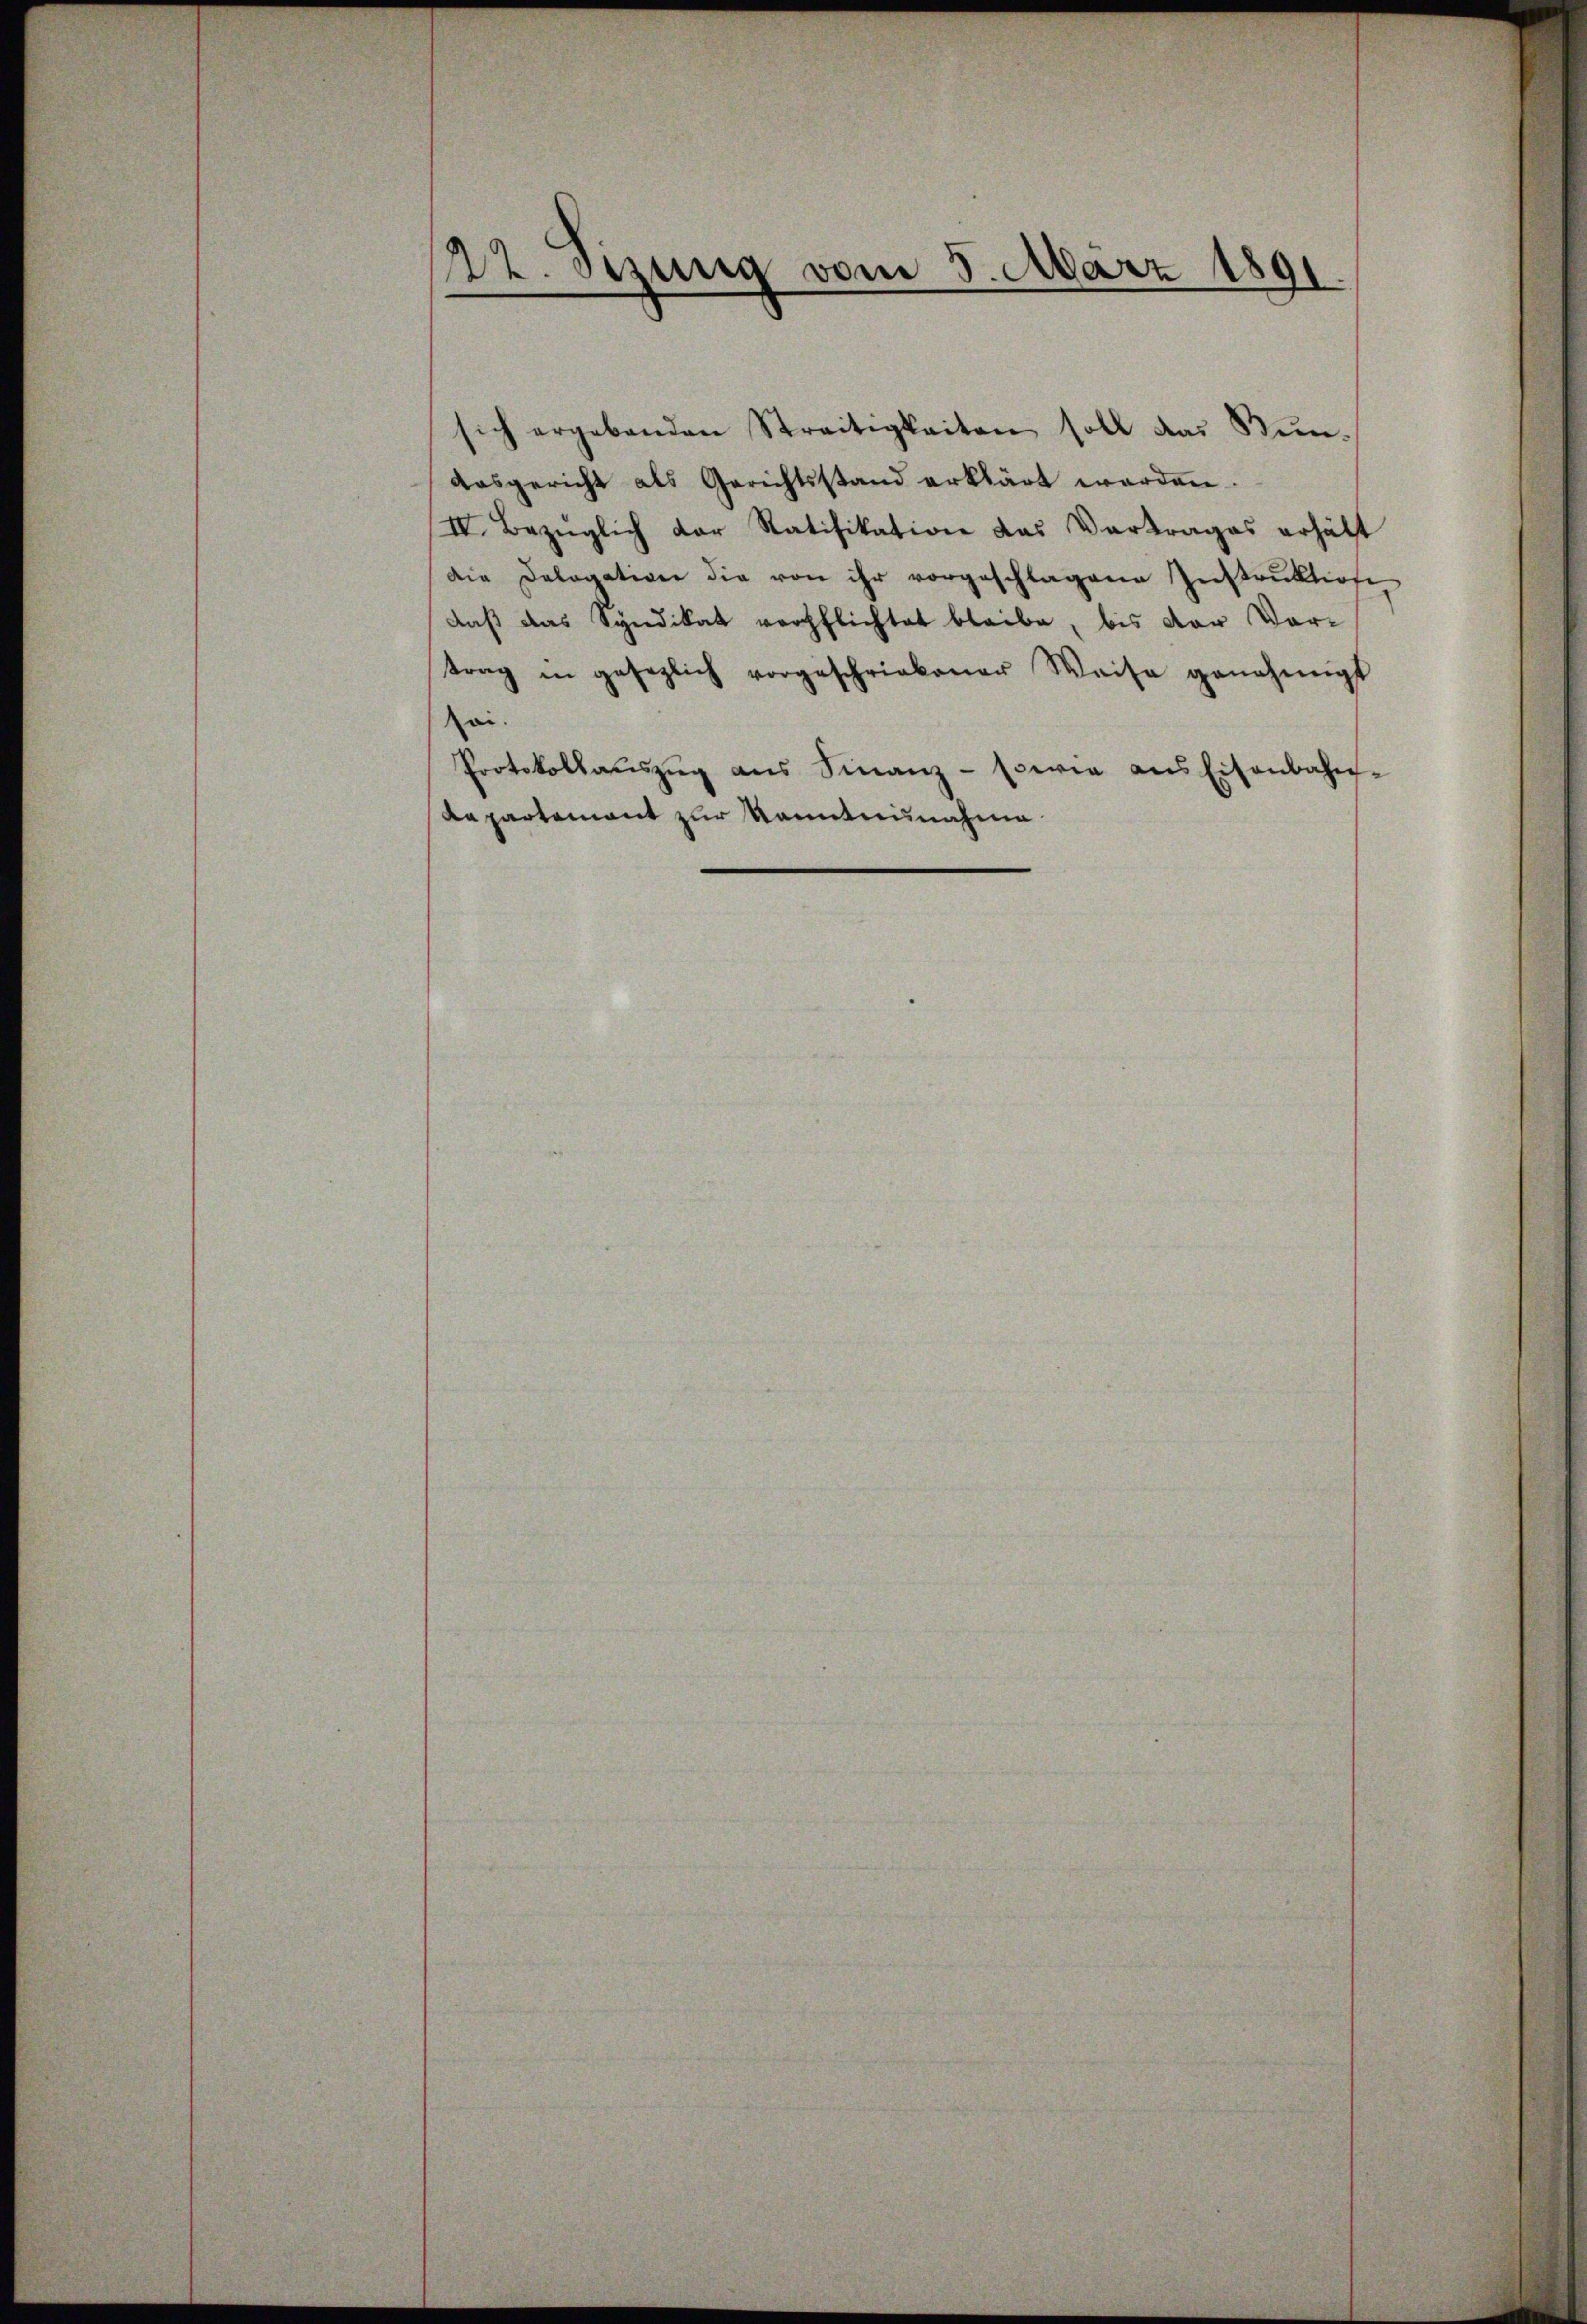
122. Szung vom 5. März 1891.

sich ergebenden Streitigkeiten soll das Nŭn-
ausgericht als Gerichtsstand erklärt worden.
IV. Bezüglich der Ratifikation das Vertrages erhält
Die Dologative die von ihr vorgeschlagene Instrŭktione
daß das Syndikat verpflichtet bleibe, bis der Vortrag in gesezlich vorgeschriebener Weise genehmigt
ai.
Protokollaŭszŭg ans Finanz- sowie ans Eisenbahn-
da partement zur Kenntnisnahme